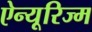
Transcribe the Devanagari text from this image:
ऐन्यूरिज्म